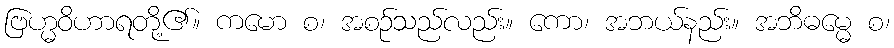
ဗြဟ္မဝိဟာရတို့၏။ ကမော စ၊ အစဉ်သည်လည်း။ ကော၊ အဘယ်နည်း။ အဘိဓမ္မေ စ၊